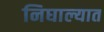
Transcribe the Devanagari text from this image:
निघाल्यात